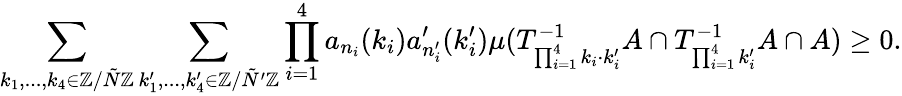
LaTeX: \sum_{k_{1},...,k_{4}\in\mathbb{Z}/\tilde{N}\mathbb{Z}}\sum_{k_{1}^{\prime},...,k_{4}^{\prime}\in\mathbb{Z}/\tilde{N}^{\prime}\mathbb{Z}}\prod_{i=1}^{4}a_{n_{i}}(k_{i})a_{n_{i}^{\prime}}^{\prime}(k_{i}^{\prime})\mu(T_{\prod_{i=1}^{4}k_{i}\cdot k_{i}^{\prime}}^{-1}A\cap T_{\prod_{i=1}^{4}k_{i}^{\prime}}^{-1}A\cap A)\geq 0.